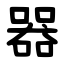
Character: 器